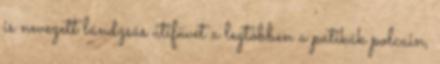
is nevezett lándzsás útifüvet a legtöbben a patikák polcain,